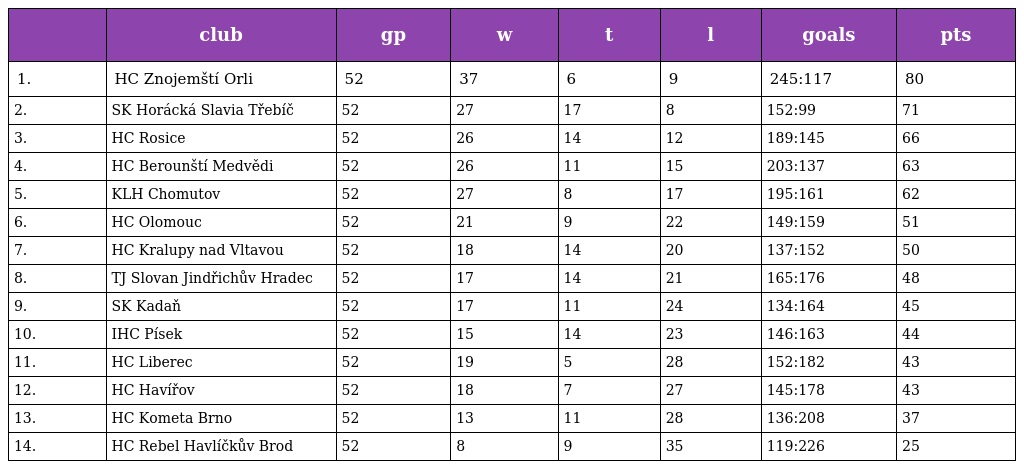
|  | club | gp | w | t | l | goals | pts |
 | --- | --- | --- | --- | --- | --- | --- | --- |
 | 1. | HC Znojemští Orli | 52 | 37 | 6 | 9 | 245:117 | 80 |
 | 2. | SK Horácká Slavia Třebíč | 52 | 27 | 17 | 8 | 152:99 | 71 |
 | 3. | HC Rosice | 52 | 26 | 14 | 12 | 189:145 | 66 |
 | 4. | HC Berounští Medvědi | 52 | 26 | 11 | 15 | 203:137 | 63 |
 | 5. | KLH Chomutov | 52 | 27 | 8 | 17 | 195:161 | 62 |
 | 6. | HC Olomouc | 52 | 21 | 9 | 22 | 149:159 | 51 |
 | 7. | HC Kralupy nad Vltavou | 52 | 18 | 14 | 20 | 137:152 | 50 |
 | 8. | TJ Slovan Jindřichův Hradec | 52 | 17 | 14 | 21 | 165:176 | 48 |
 | 9. | SK Kadaň | 52 | 17 | 11 | 24 | 134:164 | 45 |
 | 10. | IHC Písek | 52 | 15 | 14 | 23 | 146:163 | 44 |
 | 11. | HC Liberec | 52 | 19 | 5 | 28 | 152:182 | 43 |
 | 12. | HC Havířov | 52 | 18 | 7 | 27 | 145:178 | 43 |
 | 13. | HC Kometa Brno | 52 | 13 | 11 | 28 | 136:208 | 37 |
 | 14. | HC Rebel Havlíčkův Brod | 52 | 8 | 9 | 35 | 119:226 | 25 |